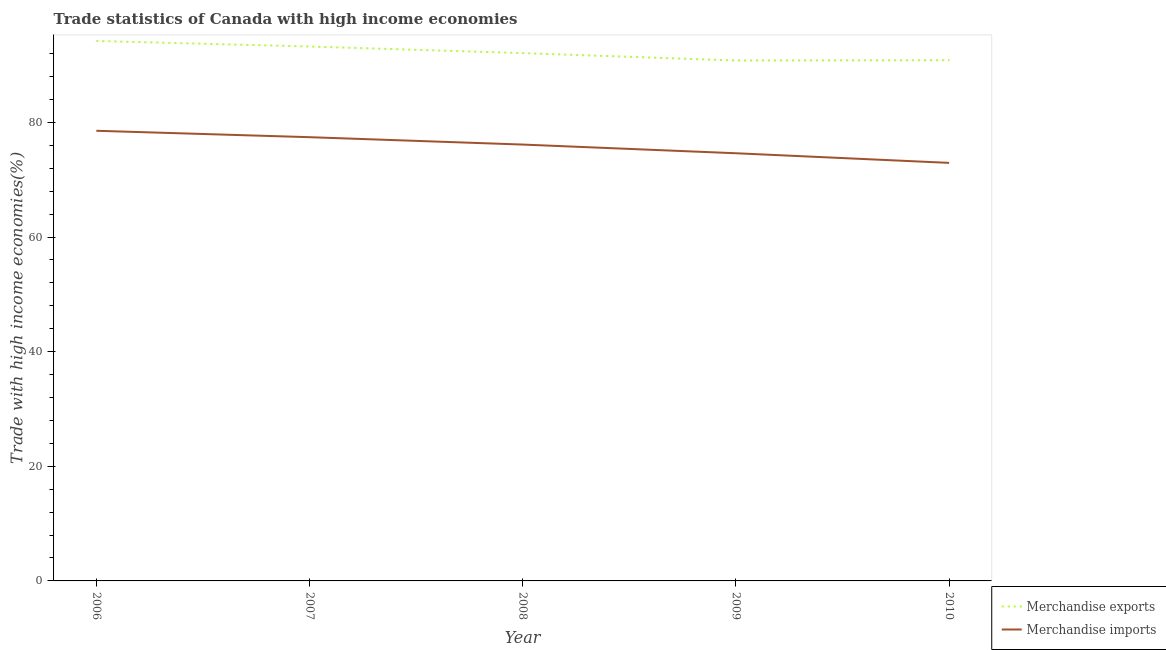
| Year | Merchandise exports | Merchandise imports |
 | --- | --- | --- |
 | 2006 | 94.2 | 78.5 |
 | 2007 | 93.3 | 77.4 |
 | 2008 | 92.1 | 76.1 |
 | 2009 | 90.8 | 74.6 |
 | 2010 | 90.9 | 72.9 |